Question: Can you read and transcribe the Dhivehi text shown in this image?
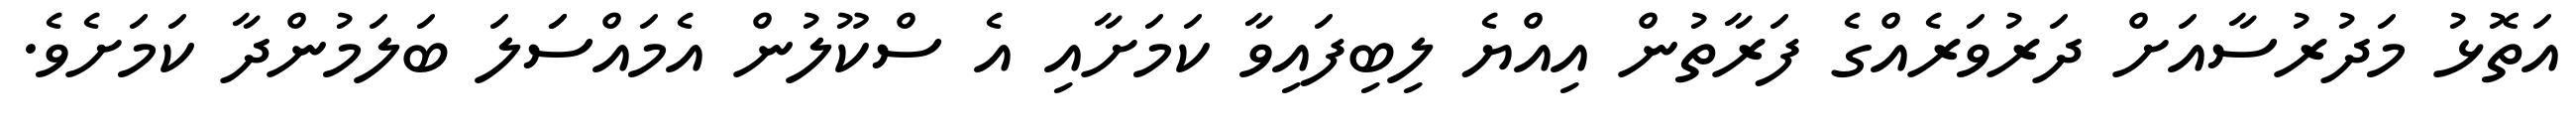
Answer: އަތޮޅު މަދުރުސާއަށް ދަރުވަރެއްގެ ފަރާތުން އިއްޔެ ލިބިފައިވާ ކަމަށާއި އެ ސްކޫލުން އެމައްސަަލަ ބަލަމުންދާ ކަމަށެވެ.